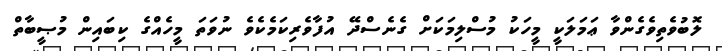
ލޮބުވެތިވެގެންވާ ޢަމަލަކީ މީހަކު މުސްލިމަކަށް ގެނެސްދޭ އުފާވެރިކަމެކެވެ ނުވަތަ މީހެއްގެ ކިބައިން މުޞީބާތް